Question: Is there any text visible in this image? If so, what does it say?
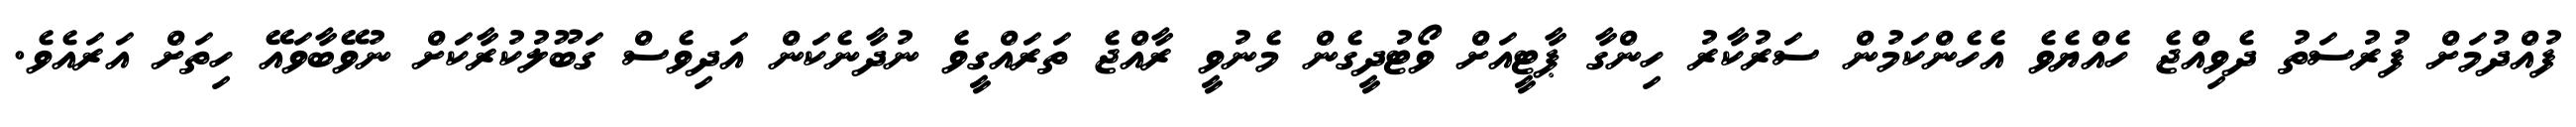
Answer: ފުއްދުމަށް ފުރުސަތު ދެވިއްޖެ ހެއްޔެވެ އެހެންކަމުން ސަރުކާރު ހިންގާ ޕާޓީއަށް ވޯޓުދީގެން މެނުވީ ރާއްޖެ ތަރައްގީވެ ނުދާނެކަން އަދިވެސް ގަބޫލުކުރާކަށް ނުވޭބާވައޭ ހިތަށް އަރައެވެ.